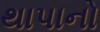
થાપાનો